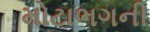
મોટાભગની